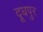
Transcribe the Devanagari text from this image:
दूधपुर